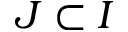
J \subset I